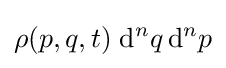
\rho (p,q,t)\;\mathrm {d} ^{n}q\,\mathrm {d} ^{n}p